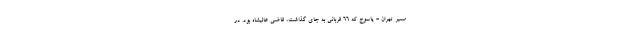
مسیر تهران - یاسوج که ‌۶۶ قربانی به جای گذاشت، قاضی عالیشاه بود. در